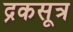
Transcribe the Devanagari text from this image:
द्रकसूत्र